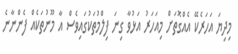
މިދިޔަ އަހަރެކޭ އެއްގޮތަށް މިއަހަރު އަޅުވާ ގިނަ ފިލްމުތަކުގައިވެސް އާ މޫނުތަކެއް ފެންނާނެ